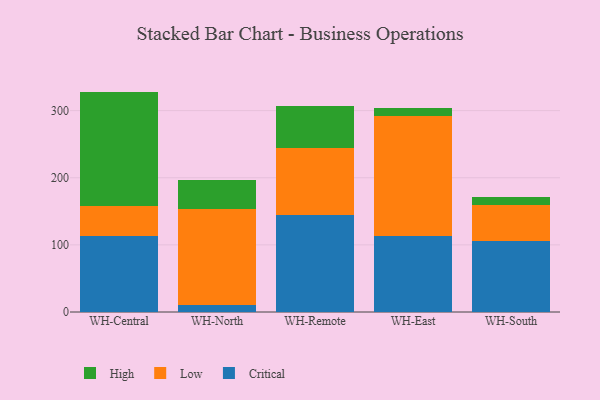
{"axis": {"x": "Warehouse", "y": "Net Income (USD K)"}, "legend": ["Critical", "High", "Low"], "data": [{"x": "WH-Central", "y": 113.0, "type": "Critical"}, {"x": "WH-Central", "y": 45.1, "type": "Low"}, {"x": "WH-Central", "y": 170.2, "type": "High"}, {"x": "WH-North", "y": 10.7, "type": "Critical"}, {"x": "WH-North", "y": 142.3, "type": "Low"}, {"x": "WH-North", "y": 44.3, "type": "High"}, {"x": "WH-Remote", "y": 143.8, "type": "Critical"}, {"x": "WH-Remote", "y": 100.5, "type": "Low"}, {"x": "WH-Remote", "y": 62.1, "type": "High"}, {"x": "WH-East", "y": 113.9, "type": "Critical"}, {"x": "WH-East", "y": 178.3, "type": "Low"}, {"x": "WH-East", "y": 11.0, "type": "High"}, {"x": "WH-South", "y": 105.8, "type": "Critical"}, {"x": "WH-South", "y": 54.2, "type": "Low"}, {"x": "WH-South", "y": 11.2, "type": "High"}]}